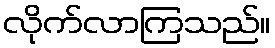
လိုက်လာကြသည်။